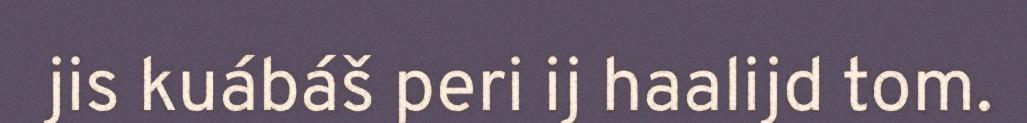
jis kuábáš peri ij haalijd tom.